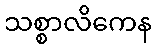
သစ္စာလိကေန